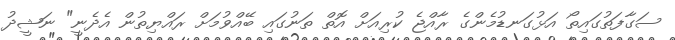
ސަގާފަތުގައިތޯ އަޅުގަނޑުމެންގެ ރާއްޖެ ކުރިއަށް އޮތް ތަނުގައި ބޭއްވުމަށް ރައްޔިތުން އެދެނީ" ނަޝީދު